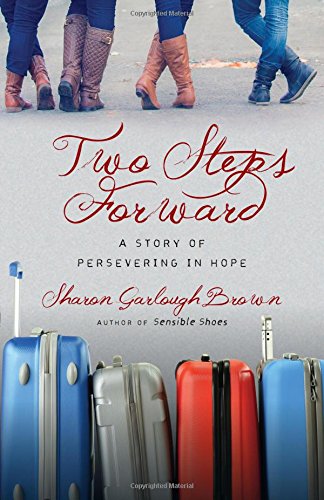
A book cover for Two Steps Forward: A Story of Persevering in Hope (Sensible Shoes); Sharon Garlough Brown; Literature & Fiction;